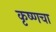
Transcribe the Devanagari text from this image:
कृष्णचा